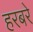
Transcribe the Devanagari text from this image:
हरबरे